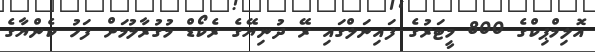
އޮލިމްޕިކްގެ 800 މީޓަރުގެ ފައިނަލްގައި ރޭ ދުނިޔޭގެ ރެކޯޑް މުގުރާލުމަށް ފަހު ކެންޔާގެ